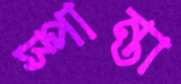
স্পান্তা